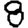
Digit: 8